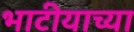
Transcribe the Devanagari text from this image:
भाटीयाच्या